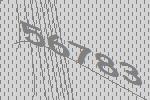
56783